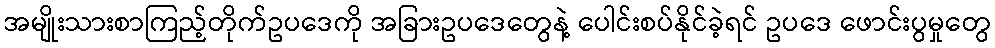
အမျိုးသားစာကြည့်တိုက်ဥပဒေကို အခြားဥပဒေတွေနဲ့ ပေါင်းစပ်နိုင်ခဲ့ရင် ဥပဒေ ဖောင်းပွမှုတွေ